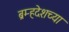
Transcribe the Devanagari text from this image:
ब्रम्हदेशच्या